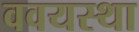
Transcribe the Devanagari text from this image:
ववयस्था